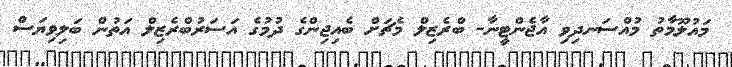
މައުލޫމާތު މުއްސަނދިވި އާޖެންޓީނާ- ބްރެޒިލް މެޗަށް ބެއިޖިންގެ ދުމުގެ އަސަރުބްރެޒިލް އަތުން ބަލިވިޔަސް